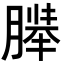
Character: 𬂍